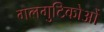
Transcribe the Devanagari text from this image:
गलगुटिकोओं